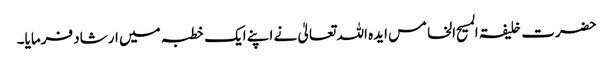
حضرت خلیفۃ المسیح الخامس ایدہ اللہ تعالیٰ نے اپنے ایک خطبہ میں ارشاد فرمایا۔